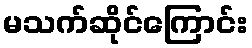
မသက်ဆိုင်ကြောင်း